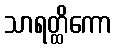
သာရတ္ထိကော